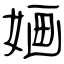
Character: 婳